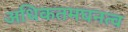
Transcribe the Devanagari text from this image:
अधिकतमघनत्व